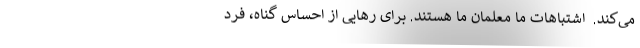
می‌کند.  اشتباهات ما معلمان ما هستند. برای رهایی از احساس گناه، فرد